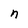
Character: n